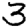
Digit: 3